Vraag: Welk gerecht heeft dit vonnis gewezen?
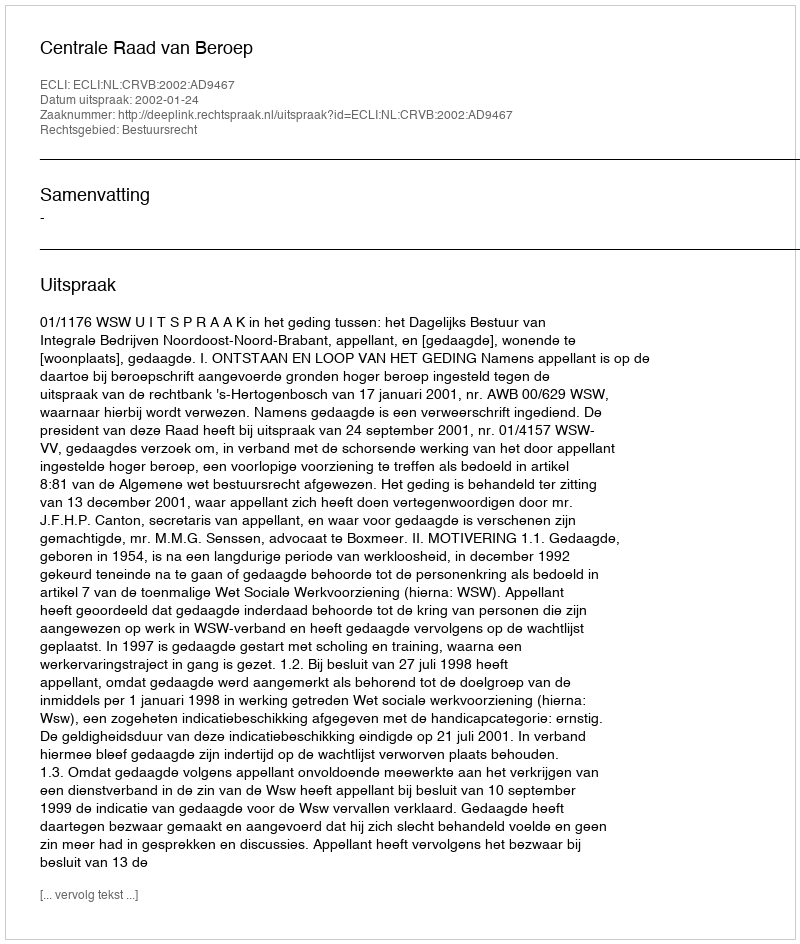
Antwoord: Centrale Raad van Beroep